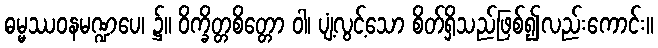
ဓမ္မဿဝနမဏ္ဍပေ၊ ၌။ ဝိက္ခိတ္တစိတ္တော ဝါ၊ ပျံ့လွင့်သော စိတ်ရှိသည်ဖြစ်၍လည်းကောင်း။